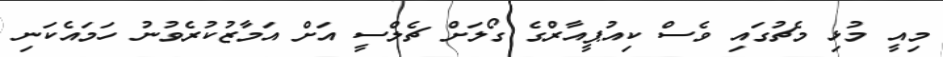
މިއީ މުޅި މެޗުގައި ވެސް ކިއުޕީއާރްގެ ގޯލަށް ޗެލްސީ އަށް އަމާޒުކުރެވުނު ހަމައެކަނި